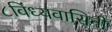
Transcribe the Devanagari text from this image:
८विंध्यवासिनी